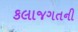
કલાજગતની